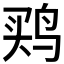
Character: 𱉳